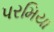
પરમિયા